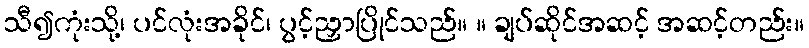
သီ၍ကုံးသို့၊ ပင်လုံးအခိုင်၊ ပွင့်ညှာပြိုင်သည်။ ။ ချပ်ဆိုင်အဆင့် အဆင့်တည်း။